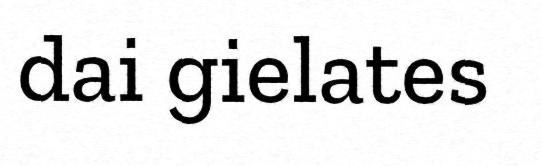
dai gielates